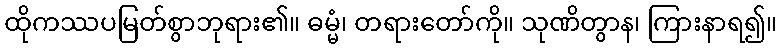
ထိုကဿပမြတ်စွာဘုရား၏။ ဓမ္မံ၊ တရားတော်ကို။ သုဏိတွာန၊ ကြားနာရ၍။